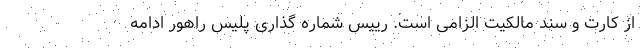
از کارت و سند مالکیت الزامی است. رییس شماره گذاری پلیس راهور ادامه